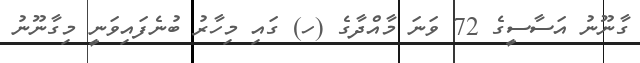
ގާނޫނު އަސާސީގެ 72 ވަނަ މާއްދާގެ (ހ) ގައި މިހާރު ބުނެފައިވަނީ މިގާނޫނު